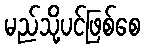
မည်သို့ပင်ဖြစ်စေ